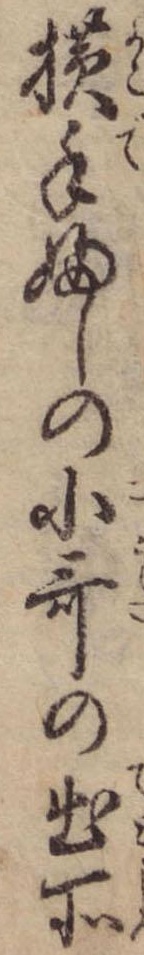
横手ふしの小歌の出所